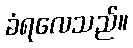
ခံရလေသည်။